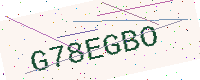
Text: G78EGBO